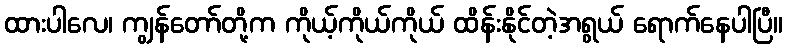
ထားပါလေ၊ ကျွန်တော်တို့က ကိုယ့်ကိုယ်ကိုယ် ထိန်းနိုင်တဲ့အရွယ် ရောက်နေပါပြီ။